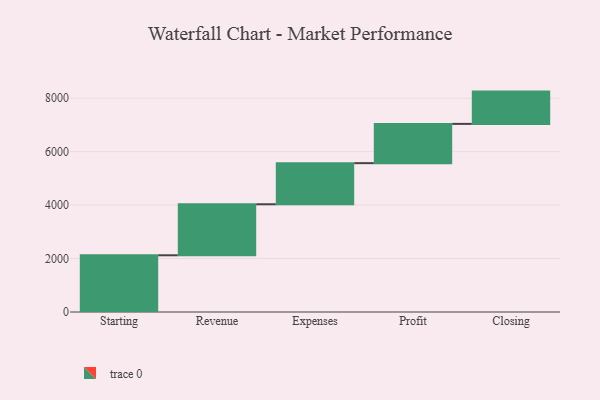
{"axis": {"x": "Step", "y": "Value"}, "legend": [""], "data": [{"x": "Starting", "y": 2122.0, "type": ""}, {"x": "Revenue", "y": 1909.0, "type": ""}, {"x": "Expenses", "y": 1538.0, "type": ""}, {"x": "Profit", "y": 1469.0, "type": ""}, {"x": "Closing", "y": 1208.0, "type": ""}]}